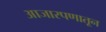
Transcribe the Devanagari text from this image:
आजारपणातून